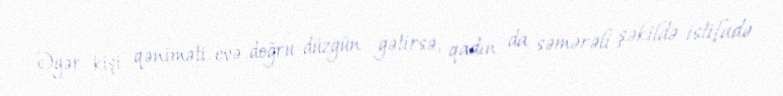
Əgər kişi qəniməti evə doğru-düzgün gətirsə, qadın da səmərəli şəkildə istifadə